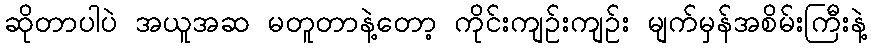
ဆိုတာပါပဲ အယူအဆ မတူတာနဲ့တော့ ကိုင်းကျဉ်းကျဉ်း မျက်မှန်အစိမ်းကြီးနဲ့